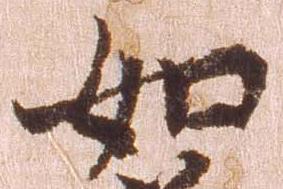
如